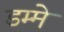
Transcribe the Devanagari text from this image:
डम्मे